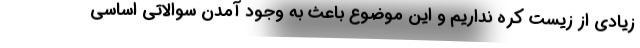
زیادی از زیست کره نداریم و این موضوع باعث به وجود آمدن سوالاتی اساسی